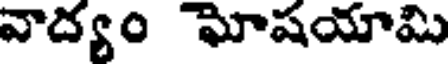
వాద్యం ఘోషయామి